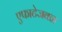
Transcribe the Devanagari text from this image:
एफाटेजवळ